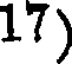
17)